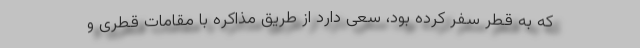
که به قطر سفر کرده بود، سعی دارد از طریق مذاکره با مقامات قطری و